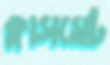
ক্লাসমেট